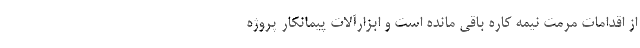
از اقدامات مرمت نیمه کاره باقی مانده است و ابزارآلات پیمانکار پروژه